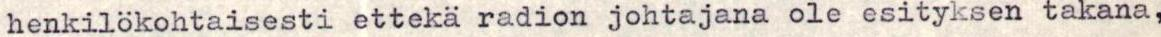
henkilokohtaisesti ettekä radion johtajana ole esityksen takana,